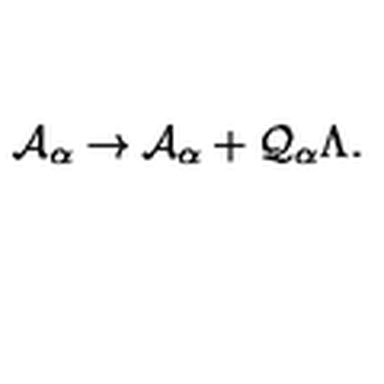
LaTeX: \mathcal { A } _ { \alpha } \rightarrow \mathcal { A } _ { \alpha } + \mathcal { Q } _ { \alpha } \Lambda .